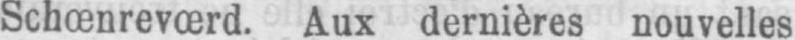
Schœnrevœrd. Aux dernières nouvelles